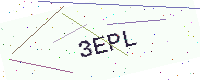
Text: 3EPL